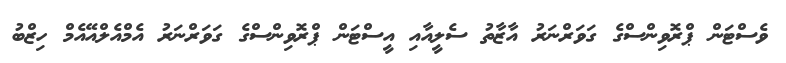
ވެސްޓަން ޕްރޮވިންސްގެ ގަވަރްނަރު އާޒާތު ސެލީއާއި އީސްޓަން ޕްރޮވިންސްގެ ގަވަރްނަރު އެމްއެލްއޭއެމް ހިޒްބު